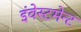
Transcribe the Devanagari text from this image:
इंवेस्टमेन्ट